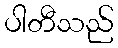
ပါတီသည်